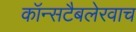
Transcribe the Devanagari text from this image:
कॉन्सटैबलेरवाच